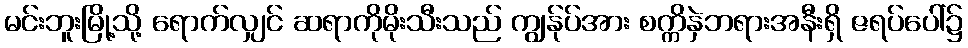
မင်းဘူးမြို့သို့ ရောက်လျှင် ဆရာကိုမိုးသီးသည် ကျွန်ုပ်အား စက္ကိနှဲဘရားအနီးရှိ ဇရပ်ပေါ်၌